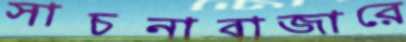
সাচনাবাজারে